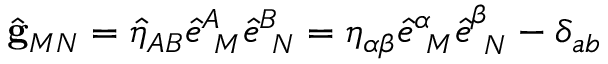
\hat { { \bf g } } _ { M N } = \hat { \eta } _ { A B } \hat { e } _ { \ M } ^ { A } \hat { e } _ { \ N } ^ { B } = \eta _ { \alpha \beta } \hat { e } _ { \ M } ^ { \alpha } \hat { e } _ { \ N } ^ { \beta } - \delta _ { a b }